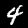
Digit: 4